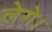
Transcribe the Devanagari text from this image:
लेगे।